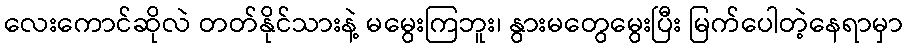
လေးကောင်ဆိုလဲ တတ်နိုင်သားနဲ့ မမွေးကြဘူး၊ နွားမတွေမွေးပြီး မြက်ပေါတဲ့နေရာမှာ